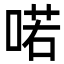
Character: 喏